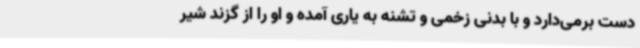
دست برمی‌دارد و با بدنی زخمی و تشنه به یاری آمده و او را از گزند شیر